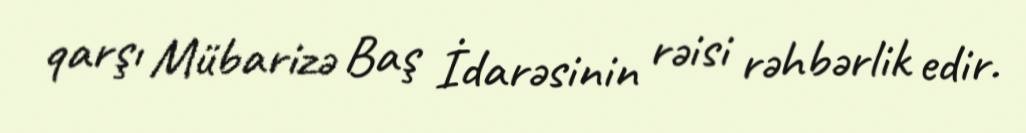
qarşı Mübarizə Baş İdarəsinin rəisi rəhbərlik edir.